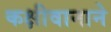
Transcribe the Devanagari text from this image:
कक्षीवानाने